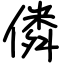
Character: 僯